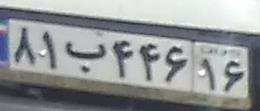
۸۱ب۴۴۶۱۶